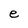
Character: e